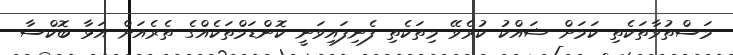
މަސްތުވާތަކެތި ކަމަށް ޝައްކު ކުރެވޭ މިތަކެތި ފެނިފައިވަނީ ކޮންޑަމްތަކެއްގެ ތެރެއަށް އަޅާ ބޮކްސާ